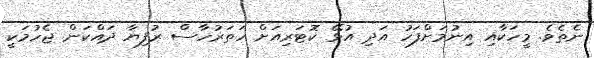
ނެތެވެ. މީހަކާއި އިނުމަށްފަހު އަދި އުޅޭ ކޮޓަރިއަށް ހަތަރުހާސް ރުފިޔާ ދައްކަން ޖެހުމަކީ